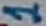
Text: 1